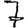
Digit: 7